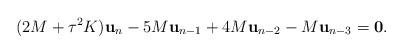
LaTeX: \begin{align*}(2M+\tau^2K)\mathbf{u}_n - 5M\mathbf{u}_{n-1} + 4M\mathbf{u}_{n-2} -M\mathbf{u}_{n-3} =\mathbf{0}.\end{align*}